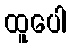
ထူပေါ